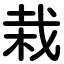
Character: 栽